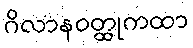
ဂိလာနဝတ္ထုကထာ